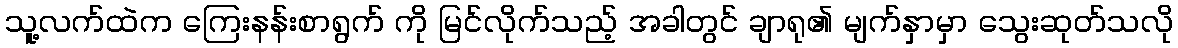
သူ့လက်ထဲက ကြေးနန်းစာရွက် ကို မြင်လိုက်သည့် အခါတွင် ချာရု၏ မျက်နှာမှာ သွေးဆုတ်သလို